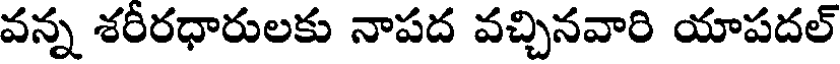
వన్న శరీరధారులకు నాపద వచ్చినవారి యాపదల్